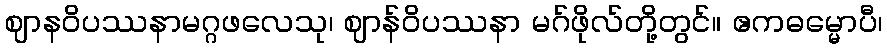
ဈာနဝိပဿနာမဂ္ဂဖလေသု၊ ဈာန်ဝိပဿနာ မဂ်ဖိုလ်တို့တွင်။ ဧကဓမ္မောပီ၊